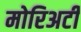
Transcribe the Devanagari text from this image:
मोरिअर्टी